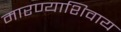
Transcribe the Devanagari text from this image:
मारण्याशिवाय